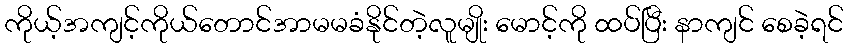
ကိုယ့်အကျင့်ကိုယ်တောင်အာမမခံနိုင်တဲ့လူမျိုး မောင့်ကို ထပ်ပြီး နာကျင် စေခဲ့ရင်